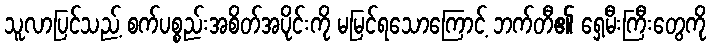
သူလာပြင်သည့် စက်ပစ္စည်းအစိတ်အပိုင်းကို မမြင်ရသောကြောင့် ဘက်တီ၏ ရှေ့မီးကြီးတွေကို